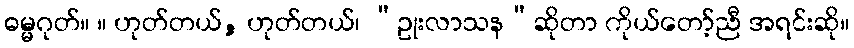
ဓမ္မဂုတ်။ ။ ဟုတ်တယ်, ဟုတ်တယ်၊ “ဥုးလာသန”ဆိုတာ ကိုယ်တော့်ညီ အရင်းဆို။